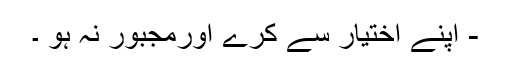
- اپنے اختیار سے کرے اورمجبور نہ ہو ۔